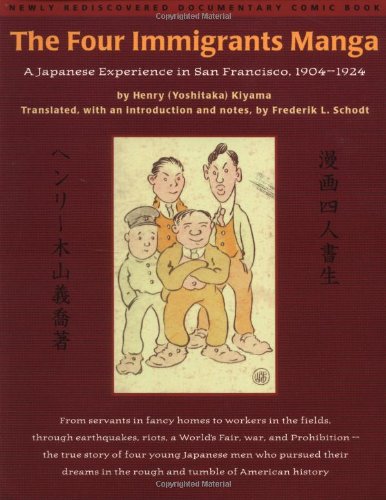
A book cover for The Four Immigrants Manga : A Japanese Experience in San Francisco, 1904-1924; Henry (Yoshitaka) Kiyama; History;